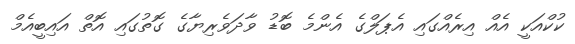
ކުކްއަކީ އެއް އިރެއްގައި އެޕަލްގެ އެންމެ ބޮޑު ވާދަވެރިޔާގެ ގޮތުގައި އޮތް އައިބީއެމް